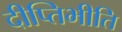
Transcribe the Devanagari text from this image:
दीप्तिभीति